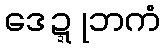
ဒေဍ္ဍုဘကံ